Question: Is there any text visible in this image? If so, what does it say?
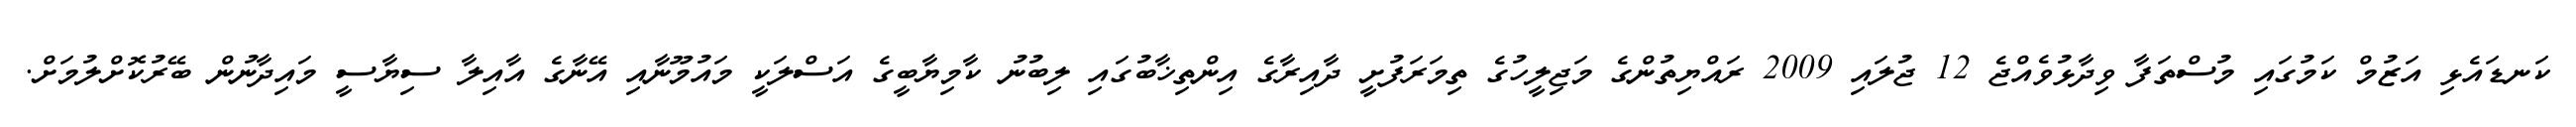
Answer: ކަނޑައެޅި އަޒުމް ކަމުގައި މުސްތަފާ ވިދާޅުވެއްޖެ 12 ޖުލައި 2009 ރައްޔިތުންގެ މަޖިލީހުގެ ތިމަރަފުށީ ދާއިރާގެ އިންތިޚާބުގައި ލިބުނު ކާމިޔާބީގެ އަސްލަކީ މައުމޫނާއި އޭނާގެ އާއިލާ ސިޔާސީ މައިދާނުން ބޭރުކޮށްލުމަށް.